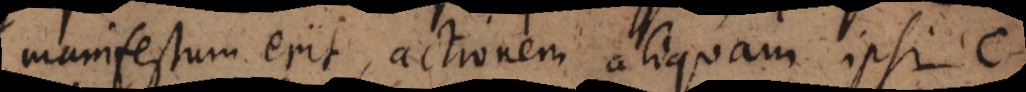
manifestum erit, actionem aliquam ipsi c